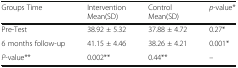
<table><thead><tr><td><b>Groups Time</b></td><td><b>Intervention Mean(SD)</b></td><td><b>Control Mean(SD)</b></td><td><b><i>p</i>-value*</b></td></tr></thead><tbody><tr><td>Pre-Test</td><td>38.92 ± 5.32</td><td>37.88 ± 4.72</td><td>0.27*</td></tr><tr><td>6 months follow-up</td><td>41.15 ± 4.46</td><td>38.26 ± 4.21</td><td>0.001*</td></tr><tr><td><i>P</i>-value**</td><td>0.002**</td><td>0.44**</td><td>–</td></tr></tbody></table>